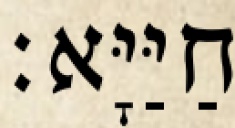
חַיַּיָּא׃